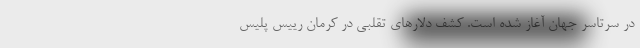
در سرتاسر جهان آغاز شده است. کشف دلارهای تقلبی در کرمان رییس پلیس